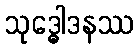
သုဒ္ဓေါဒနဿ